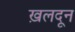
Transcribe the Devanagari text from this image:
ख़लदून